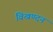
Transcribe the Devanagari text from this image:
विखण्दन